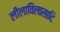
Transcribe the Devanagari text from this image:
लीलाविलासादि